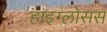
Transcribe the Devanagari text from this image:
हाइग्लोसस